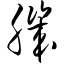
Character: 肌